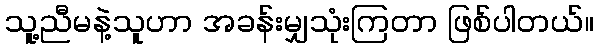
သူ့ညီမနဲ့သူဟာ အခန်းမျှသုံးကြတာ ဖြစ်ပါတယ်။